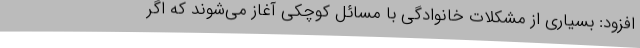
افزود: بسیاری از مشکلات خانوادگی با مسائل کوچکی آغاز می‌شوند که اگر